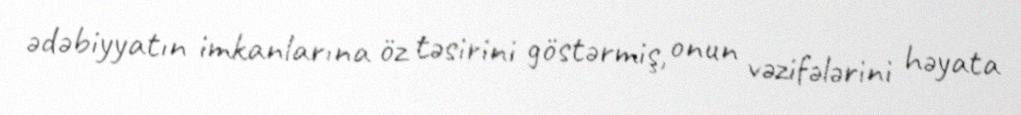
ədəbiyyatın imkanlarına öz təsirini göstərmiş, onun vəzifələrini həyata